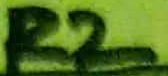
Text: R2